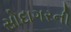
સોદાગરની